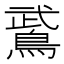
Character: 𫛁